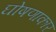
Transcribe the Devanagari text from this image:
घोषणाकार